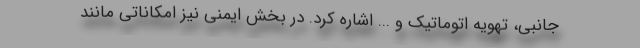
جانبی، تهویه اتوماتیک و ... اشاره کرد. در بخش ایمنی نیز امکاناتی مانند